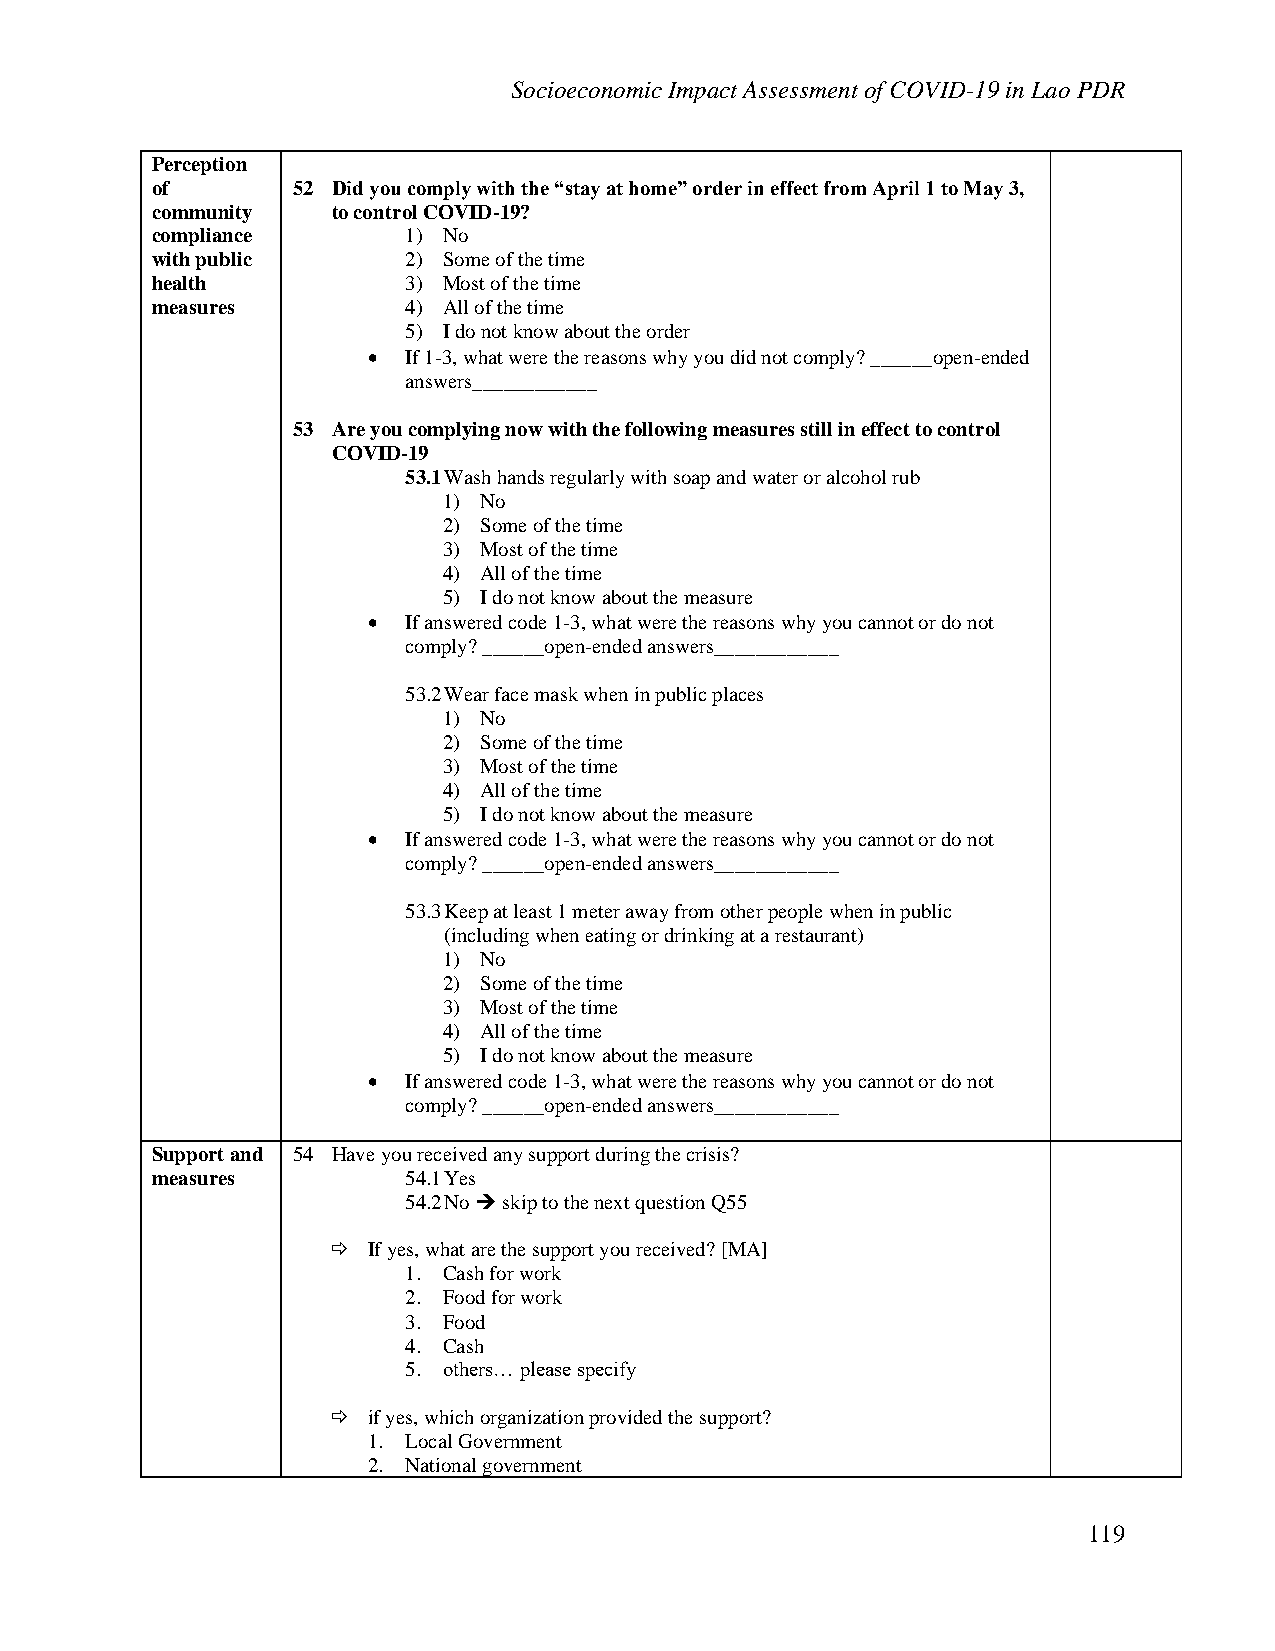
Socioeconomic Impact Assessment of COVID-19 in Lao PDR
 Perception
 of       52 Did you comply with the “stay at home” order in effect from April 1 to May 3,
 community   to control COVID-19?
 compliance       1) No
 with public      2) Some of the time
 health           3) Most of the time
 measures         4) All of the time
 5) I do not know about the order
 •  If 1-3, what were the reasons why you did not comply? ______open-ended
 answers____________
 53 Are you complying now with the following measures still in effect to control
 COVID-19
 53.1 Wash hands regularly with soap and water or alcohol rub
 1) No
 2) Some of the time
 3) Most of the time
 4) All of the time
 5) I do not know about the measure
 •  If answered code 1-3, what were the reasons why you cannot or do not
 comply? ______open-ended answers____________
 53.2 Wear face mask when in public places
 1) No
 2) Some of the time
 3) Most of the time
 4) All of the time
 5) I do not know about the measure
 •  If answered code 1-3, what were the reasons why you cannot or do not
 comply? ______open-ended answers____________
 53.3 Keep at least 1 meter away from other people when in public
 (including when eating or drinking at a restaurant)
 1) No
 2) Some of the time
 3) Most of the time
 4) All of the time
 5) I do not know about the measure
 •  If answered code 1-3, what were the reasons why you cannot or do not
 comply? ______open-ended answers____________
 Support and 54 Have you received any support during the crisis?
 measures         54.1 Yes
 54.2 No ➔ skip to the next question Q55
  If yes, what are the support you received? [MA]
 1. Cash for work
 2. Food for work
 3. Food
 4. Cash
 5. others… please specify
  if yes, which organization provided the support?
 1. Local Government
 2. National government
 119